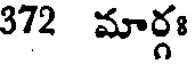
372 మార్గః